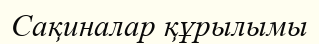
Сақиналар құрылымы